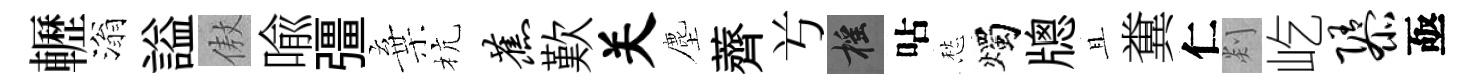
轣滃謚傲喩彊棄杭蕉歎关塵薺𠔃摇呫愁燭牕且糞仁剡屹隳亟